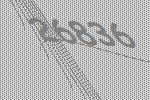
26836